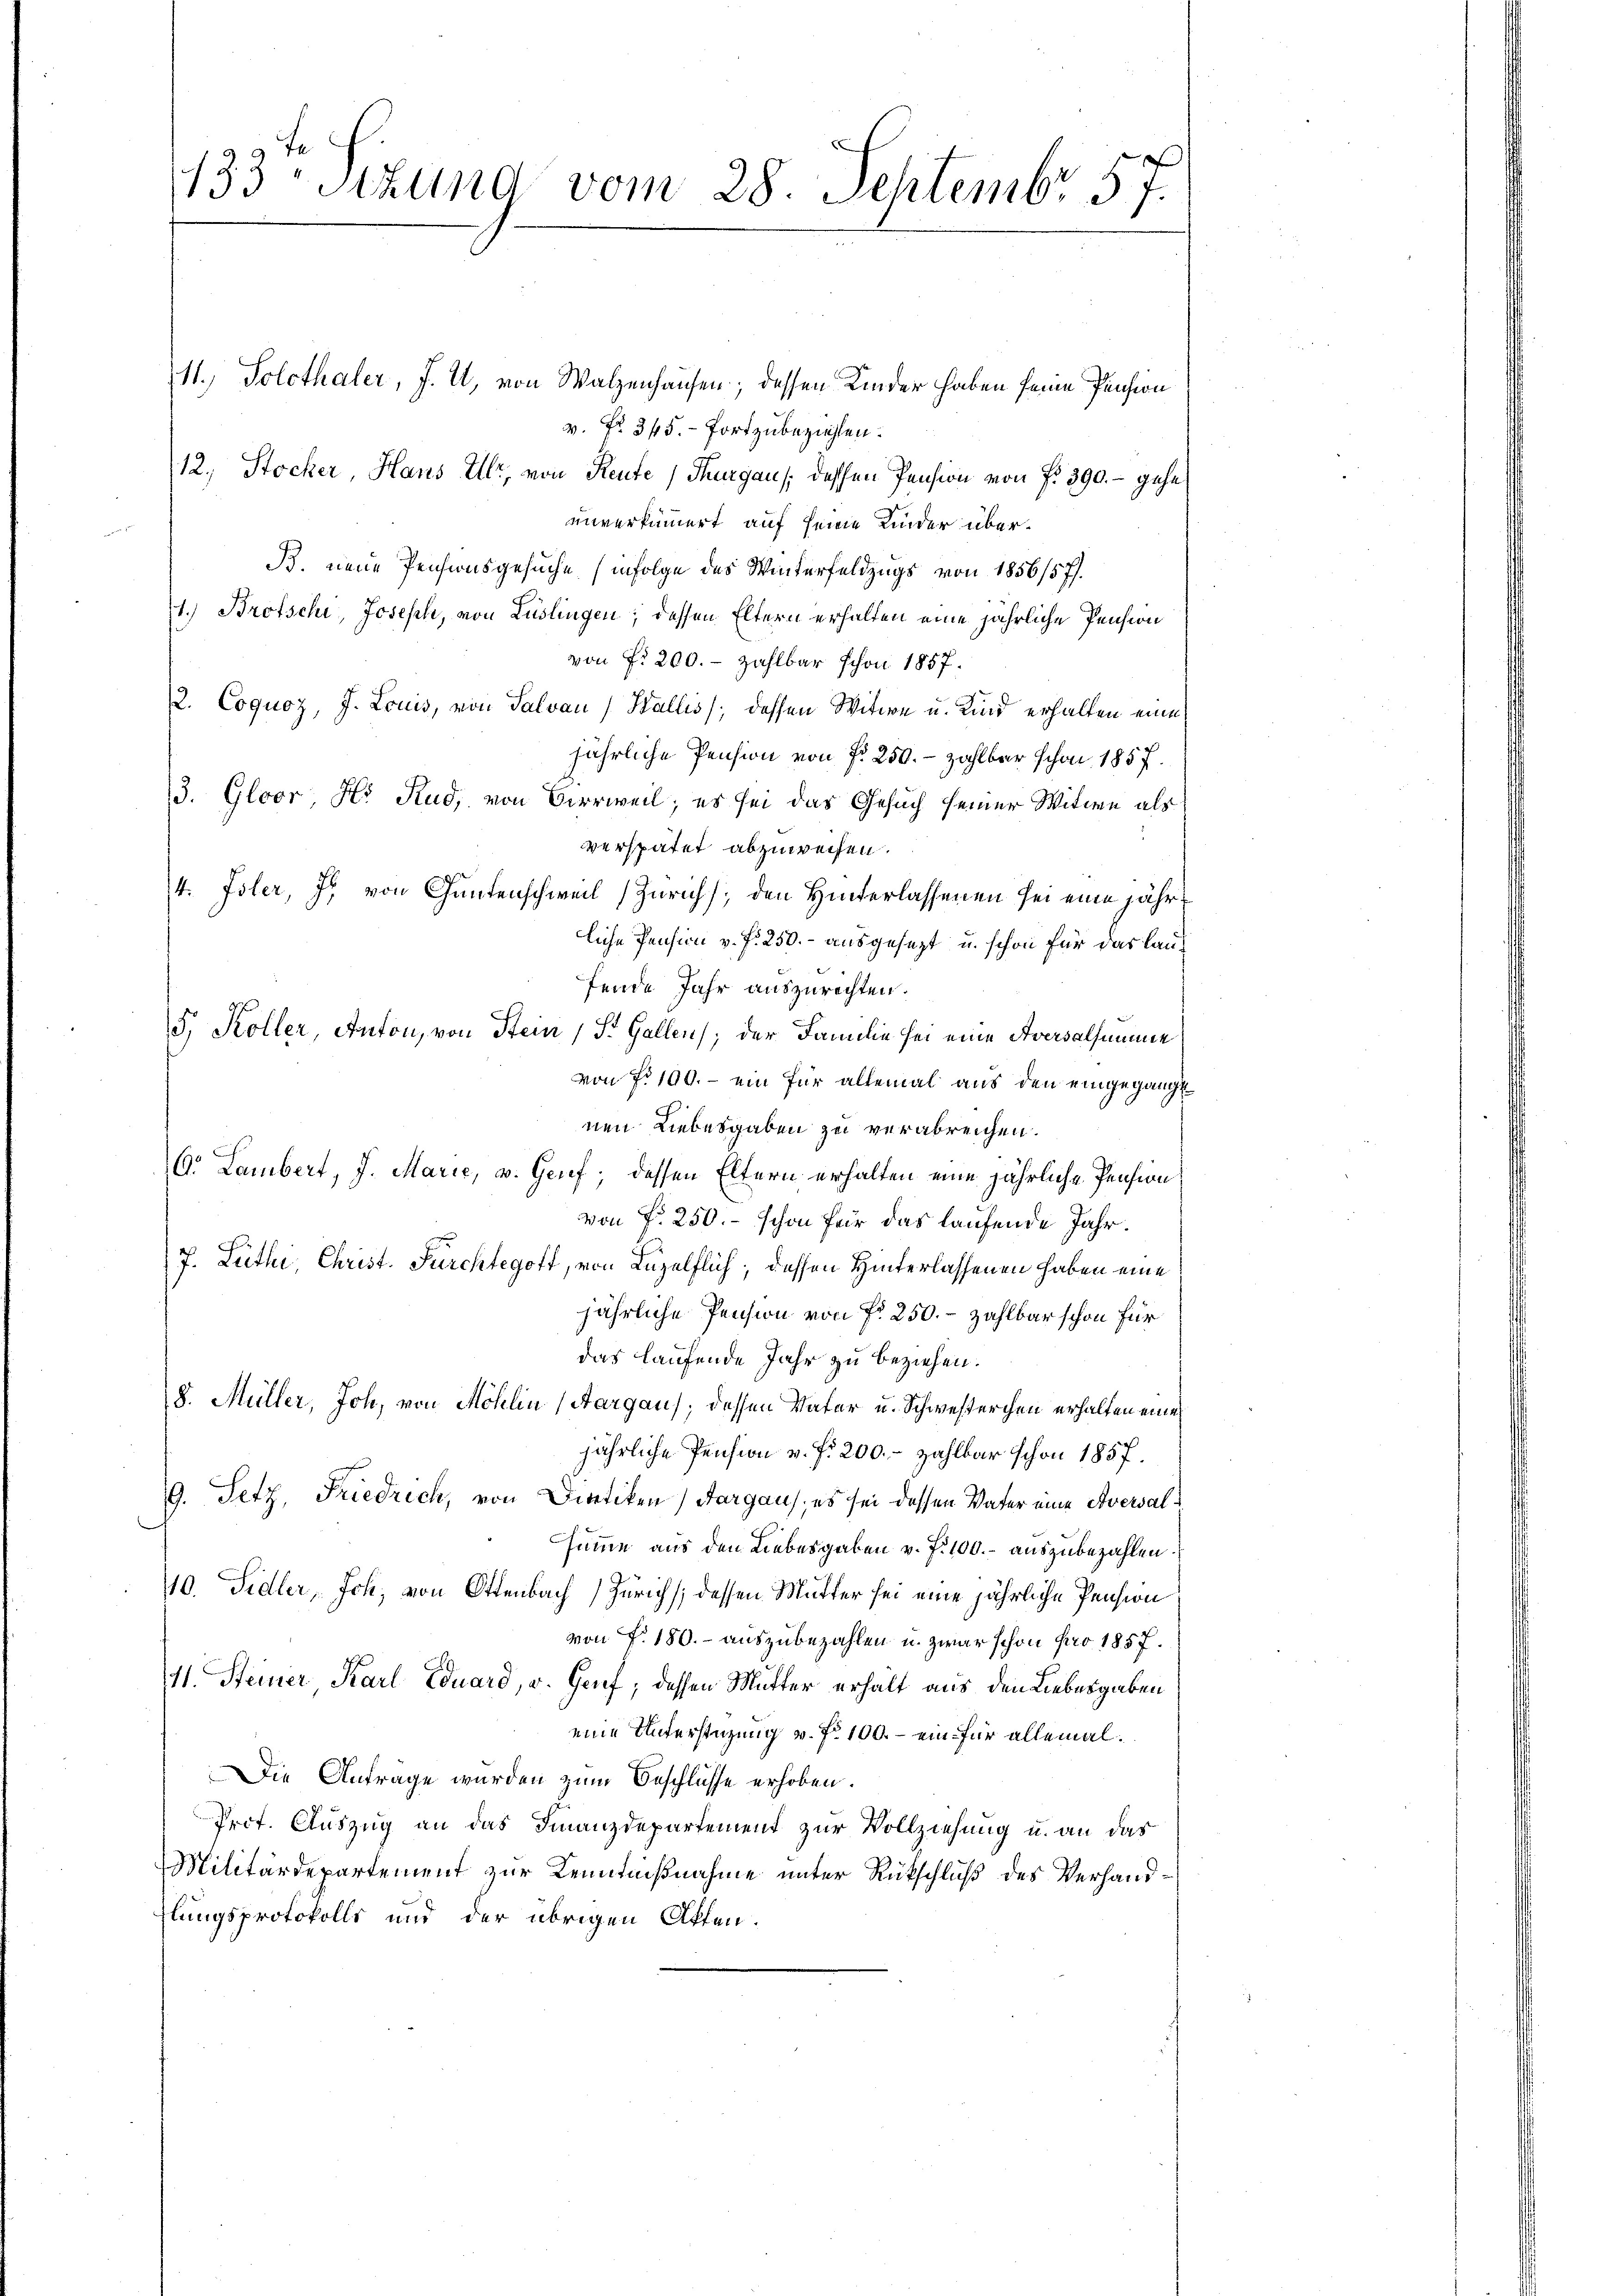
133. Sitzung vom 28. Septembr 57.

1.) Solothaler, J. U. von Walzenhausen; dessen Kinder haben seine Pension
v. fr. 345. fortzubeziehen.
12. Stocker, Hans Ulr, von Reute, Thurgau / dessen Pension von fr. 390. – gehe
unverkümmert auf seine Kinder über¬
B. neue Pensionsgesuche infolge des Winterfeldzugs von 1856/577.
1.) Brotschi, Joseph, von Lüslingen; dessen Eltern erhalten eine jährliche Pension
von fr 200.- zahlbar schon 1857.
/2. Coquoz, J. Louis, von Salvan (Wallis, dessen Witwe u. Kind erhalten eine
jährliche Pension von §. 250. - zahlbar schon 185 f.
3. Gloor, Hr. Rud, von Vierweil; es sei das Gesuch seiner Witwe als
verspätet abzuweisen.
4. Isler, J. von Gantenschweil (Zürich), den Hinterlassenen sei eine jährliche Pension v. f. 250.- ausgesezt, u. schon für das laufende Jahr auszurechten.
5. Koller, Anton, von Stein, St. Gallen, der Familie sei eine Aversalsumme
von No 100. - ein für allemal aus den eingegange
nen Liebesgaben zu verabreichen.
C. Lambert, J. Marie, v. Genf; dessen Eltern erhalten eine jährliche Pension
von Fr. 250. – schon für das laufende Jahr.
J. Luthe, Christ. Fürchtegoft, von Luzelflich, dessen Hinterlassenen haben eine
jährliche Pension von fr. 250. – zahlbar schon für
das laufende Jahr zu beziehen.
8. Müller, Joh. von Mohlin (Aargaus, dessen Vater u. Schwesterchen erhalten eine
jährliche Pension v. f. 200.- zahlbar schon 1857.
9. Setz, Friedrich, von Dietiken, Aargaus, es sei dessen Vater eine Aversalsumme aus den Liebesgaben v. J. 100.- auszubezahlen.
40. Sidler, Joh. von Ottenbach Zürich; dessen Mutter sei eine jährliche Pension
von P. 180. auszubezahlen u. zwar schon pro 1857.
11. Steiner Karl Eduard, u. Genf, dessen Mutter erhält aus den Liebesgaben
eine Unterstüzung v. Fr. 100.- ein für allemal.
Die Antrage wurden zum Beschlüsse erhoben.
Prot. Auszug an das Finanzdepartement zur Vollziehung u. an das
Militärdepartement zur Kenntnißnahme unter Rückschluß des Verhandhlungsprotokolls und der übrigen Affen.